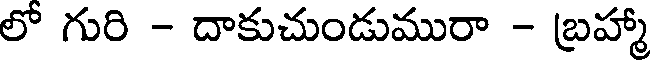
లో గురి - దాకుచుండుమురా - బ్రహ్మా